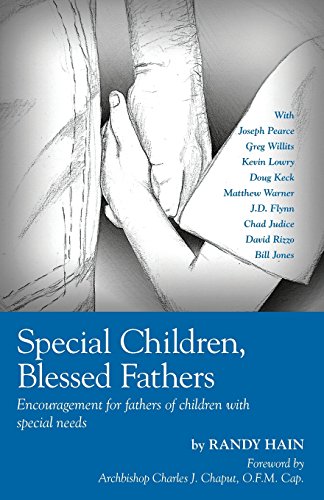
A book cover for Special Children, Blessed Fathers: Encouragement for fathers of children with special needs; Randy Hain; Parenting & Relationships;